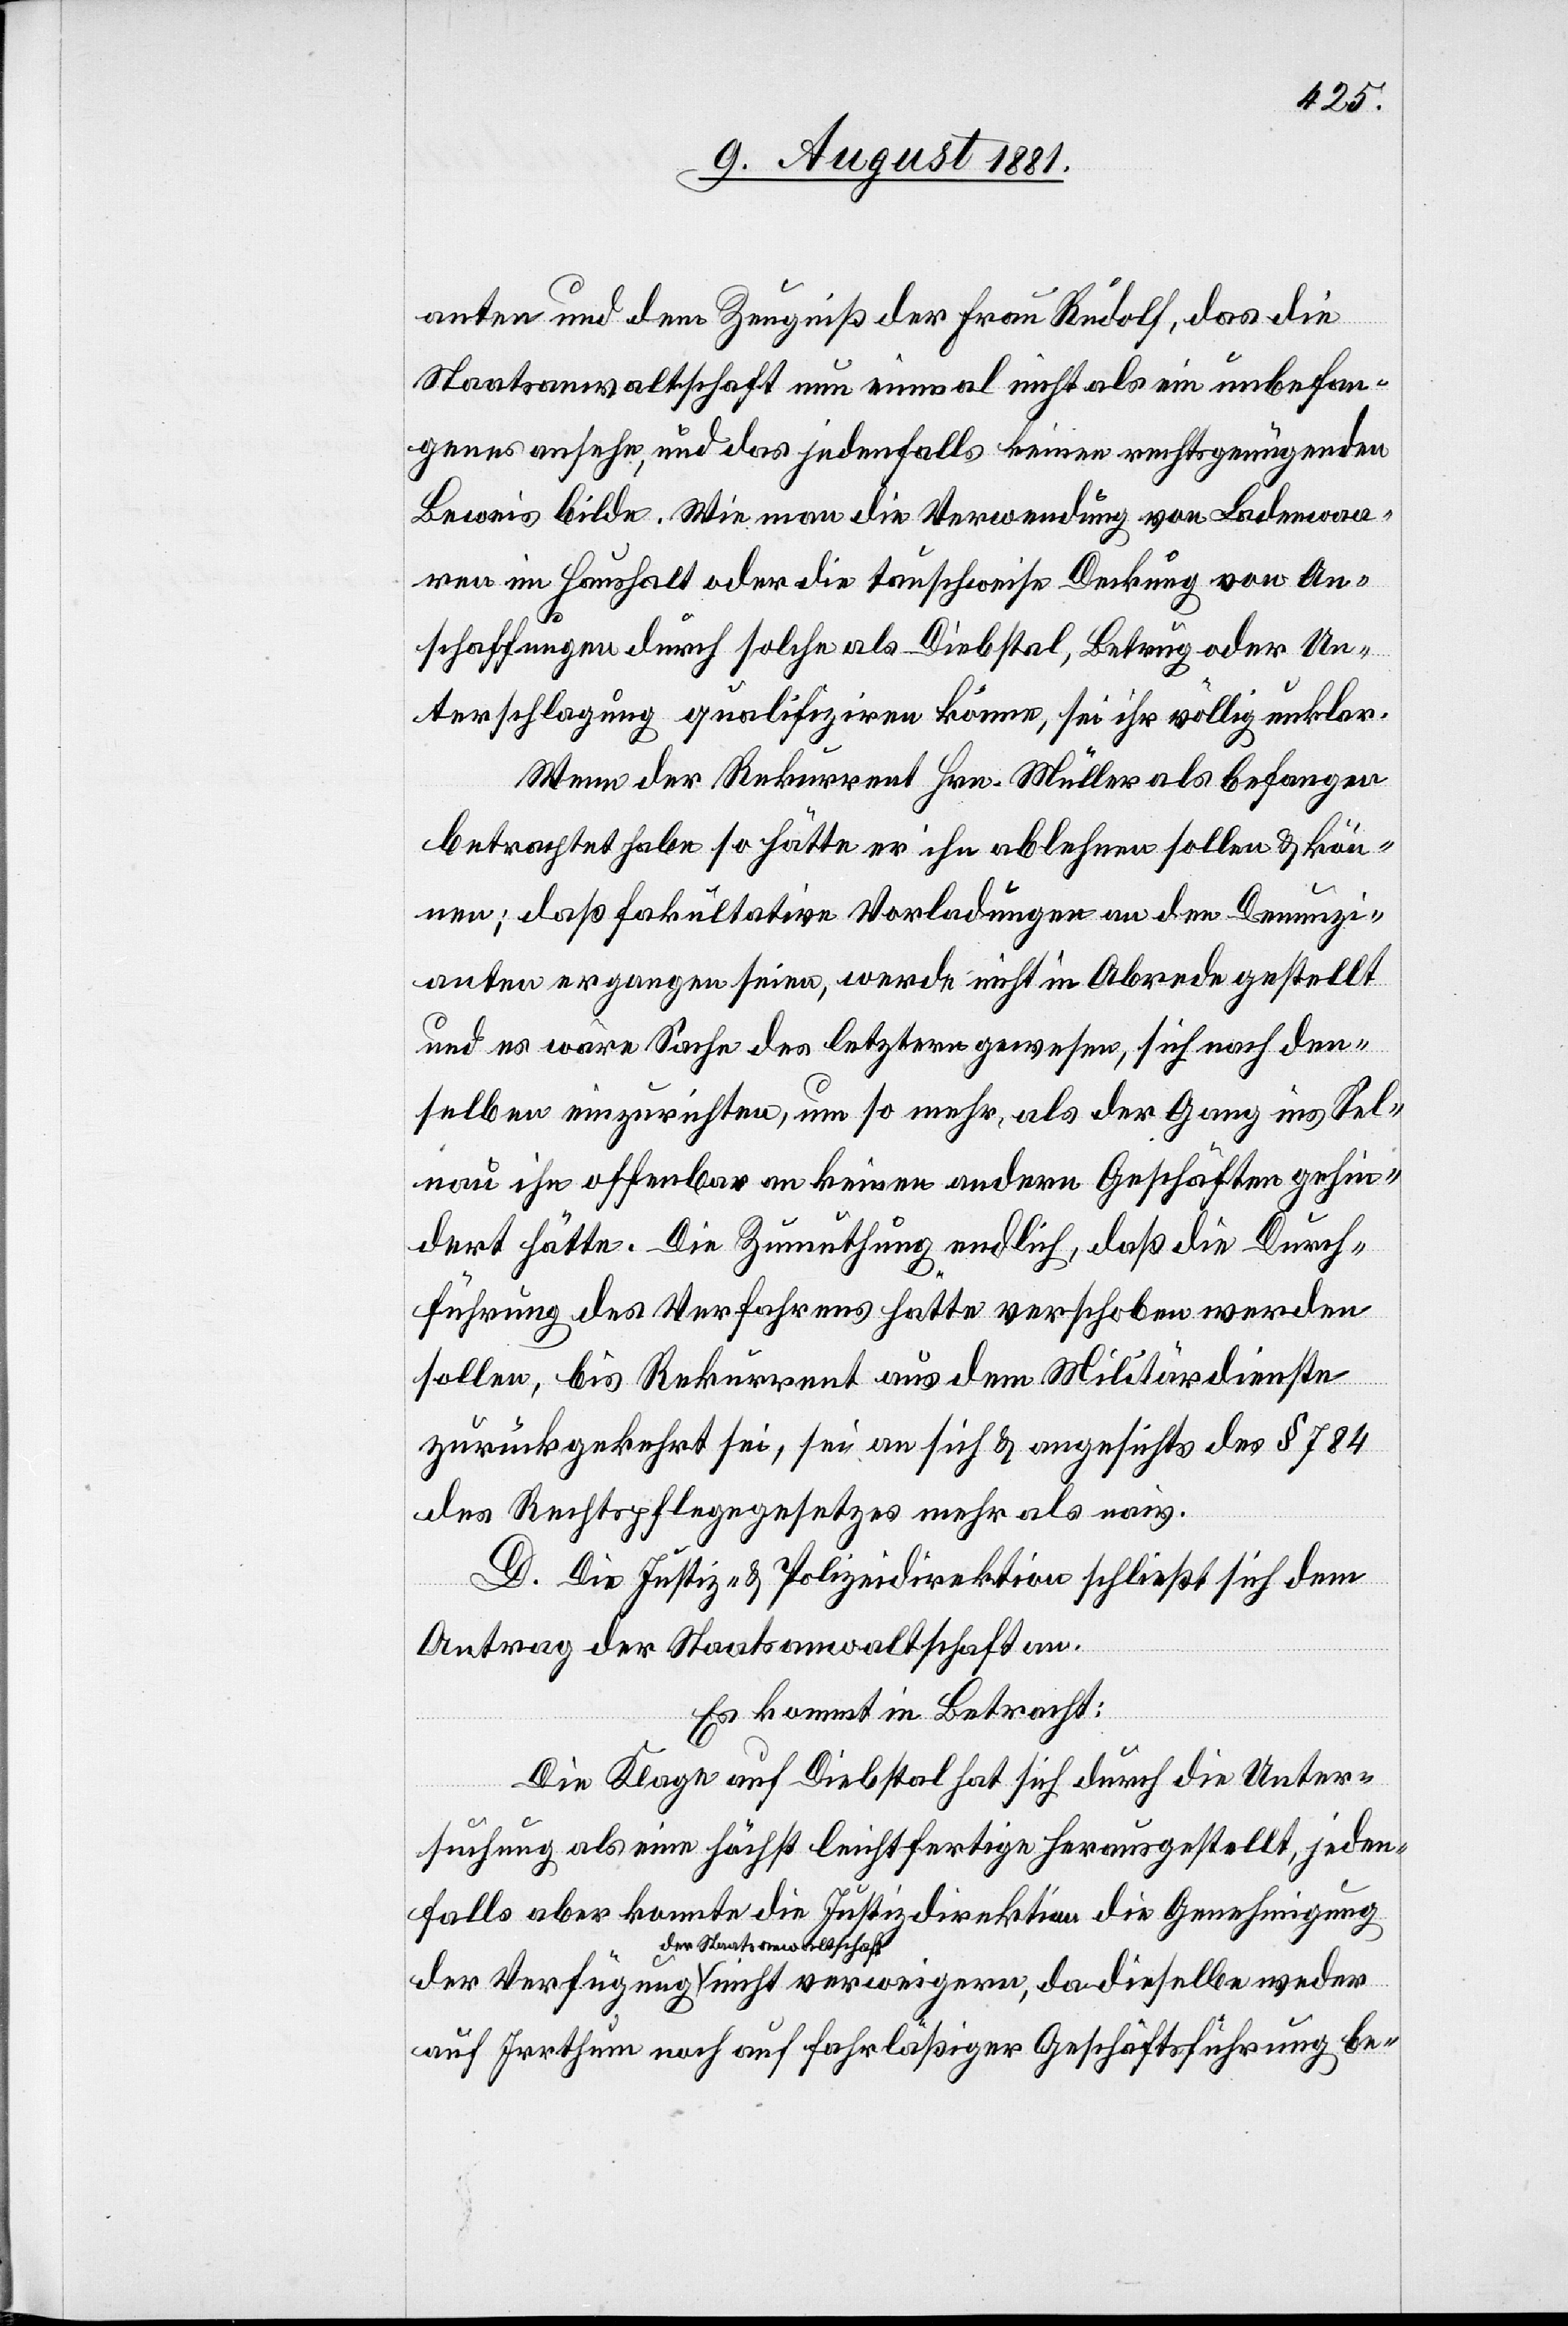
anten und dem Zeugniß der Frau Rudolf, das die
Staatsanwaltschaft nun einmal nicht als ein unbefan¬
genes ansehe, und das jedenfalls keinen rechtsgenügenden
Beweis bilde. Wie man die Verwendung von Ladenwaa¬
ren im Haushalt oder die tauschweise Deckung von An¬
schaffungen durch solche als Diebstahl, Betrug oder Un¬
terschlagung qualifiziren könne, sei ihr völlig unklar.
Wenn der Rekurrent Hrn. Müller als befangen
betrachtet habe so hätte er ihn ablehnen sollen & kön¬
nen; daß fakultative Vorladungen an den Denunzi¬
anten ergangen seien, werde nicht in Abrede gestellt
und es wäre Sache des letztern gewesen, sich nach den¬
selben einzurichten, um so mehr, als der Gang ins Sel¬
nau ihn offenbar an keinen andern Geschäften gehin¬
dert hätte. Die Zumuthung endlich, daß die Durch¬
führung des Verfahrens hätte verschoben werden
sollen, bis Rekurrent aus dem Militärdienste
zurückgekehrt sei, sei an sich & angesichts des § 784
des Rechtspflegegesetzes mehr als naiv.
D. Die Justiz- & Polizeidirektion schließt sich dem
Antrag der Staatsanwaltschaft an.
Es kommt in Betracht:
Die Klage auf Diebstahl hat sich durch die Unter¬
suchung als eine höchst leichtfertige herausgestellt, jeden¬
falls aber konnte die Justizdirektion die Genehmigung
der Staatsanwaltshaft
auf Irrthum noch auf fahrläßiger Geschäftsführung be-